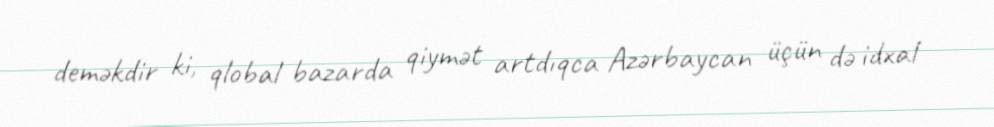
deməkdir ki, qlobal bazarda qiymət artdıqca Azərbaycan üçün də idxal